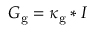
G _ { \mathrm { g } } = \kappa _ { \mathrm { g } } * I